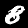
Label: 8